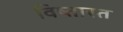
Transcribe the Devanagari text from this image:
विष्तास्त